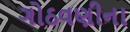
ગોઠવણીના